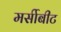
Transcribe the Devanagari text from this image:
मर्सीबीट